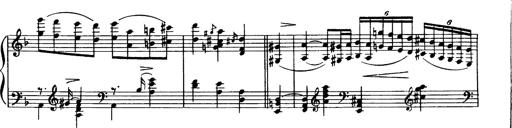
Title: Magyar dalok
Composer: Franz Liszt